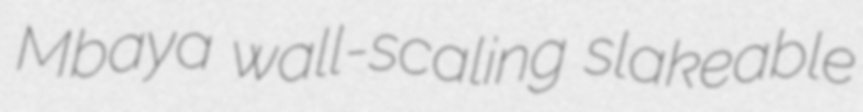
Mbaya wall-scaling slakeable